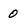
Character: 0